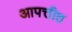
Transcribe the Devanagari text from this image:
आपत्तीत